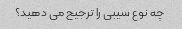
چه نوع سیبی را ترجیح می دهید؟